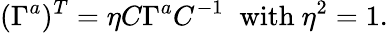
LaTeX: (\Gamma^{a})^{T}=\eta C\Gamma^{a}C^{-1}\; \; \mathrm{with}\ \eta^{2}=1.